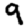
Digit: 9